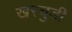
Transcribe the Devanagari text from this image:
खरचुडी